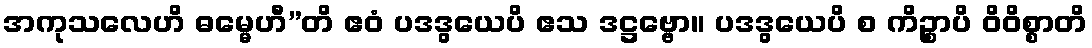
အကုသလေဟိ ဓမ္မေဟီ”တိ ဧဝံ ပဒဒွယေပိ ဧသ ဒဋ္ဌဗ္ဗော။ ပဒဒွယေပိ စ ကိဉ္စာပိ ဝိဝိစ္စာတိ